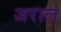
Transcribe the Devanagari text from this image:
जराल